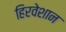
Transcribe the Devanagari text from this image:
हिरवेशान